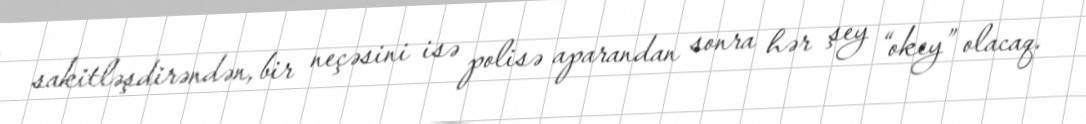
sakitləşdirəndən, bir neçəsini isə polisə aparandan sonra hər şey “okey” olacaq.